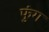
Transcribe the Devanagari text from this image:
फुंग